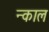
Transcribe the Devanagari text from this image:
न्काल